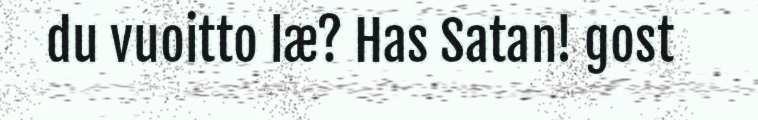
du vuoitto læ? Has Satan! gost